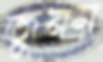
জুনম